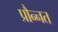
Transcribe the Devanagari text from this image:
प्रौन्‍नत